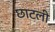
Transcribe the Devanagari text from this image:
छाटली